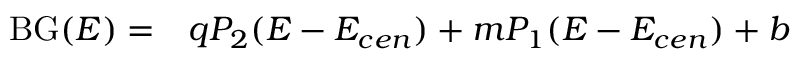
\begin{array} { r l } { \mathrm { B G } ( E ) = } & { { } q P _ { 2 } ( E - E _ { c e n } ) + m P _ { 1 } ( E - E _ { c e n } ) + b } \end{array}